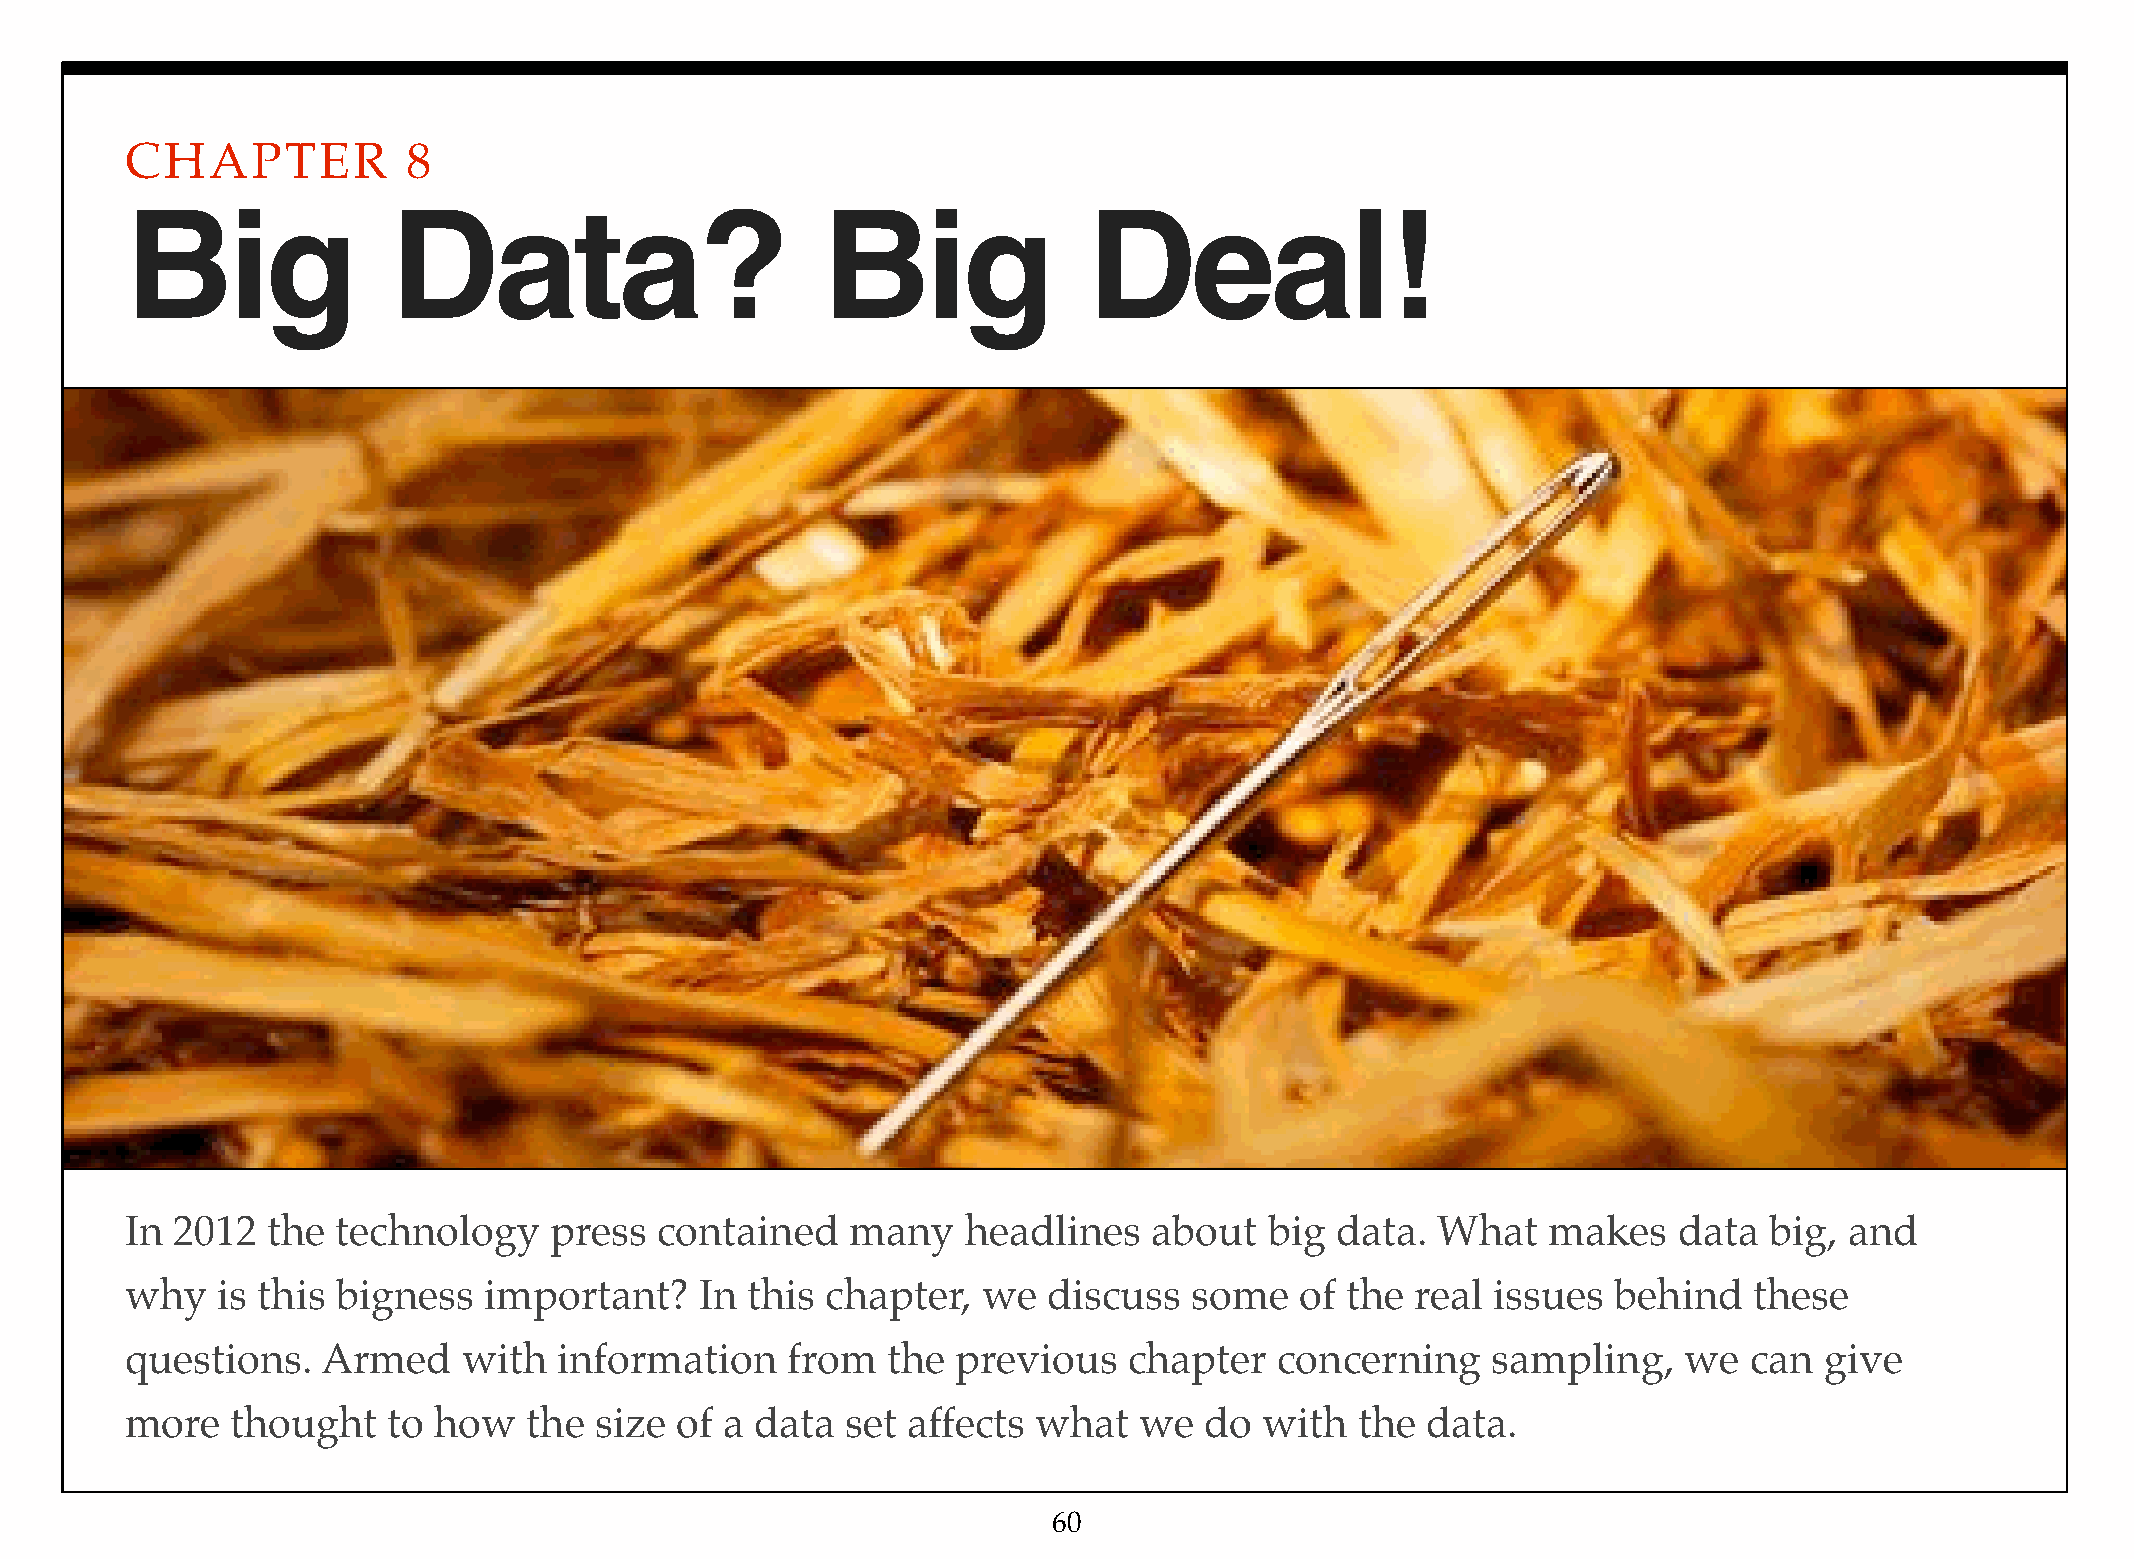
CHAPTER            8
 Big               Data?                       Big               Deal!
 In  2012  the technology    press   contained   many    headlines   about   big data.  What    makes   data  big, and
 why   is this bigness   important?    In this  chapter,  we  discuss   some   of the  real issues  behind   these
 questions.   Armed     with  information    from   the previous    chapter   concerning    sampling,    we  can  give
 more   thought    to how   the size  of a data  set affects  what  we   do  with  the data.
 60